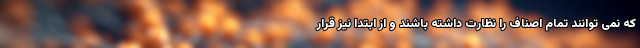
که نمی توانند تمام اصناف را نظارت داشته باشند و از ابتدا نیز قرار